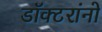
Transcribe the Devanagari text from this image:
डॉक्‍टरांनो